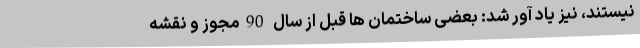
نیستند، نیز یاد آور شد: بعضی ساختمان ها قبل از سال 90مجوز و نقشه